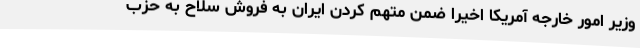
وزیر امور خارجه آمریکا اخیرا ضمن متهم کردن ایران به فروش سلاح به حزب